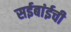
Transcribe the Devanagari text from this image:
सईबांईची